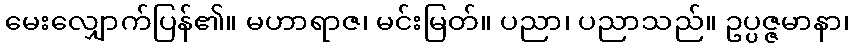
မေးလျှောက်ပြန်၏။ မဟာရာဇ၊ မင်းမြတ်။ ပညာ၊ ပညာသည်။ ဥပ္ပဇ္ဇမာနာ၊